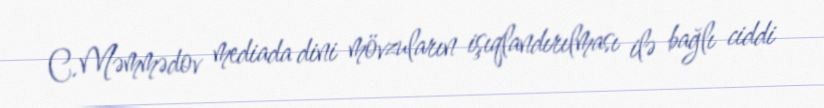
C.Məmmədov mediada dini mövzuların işıqlandırılması ilə bağlı ciddi